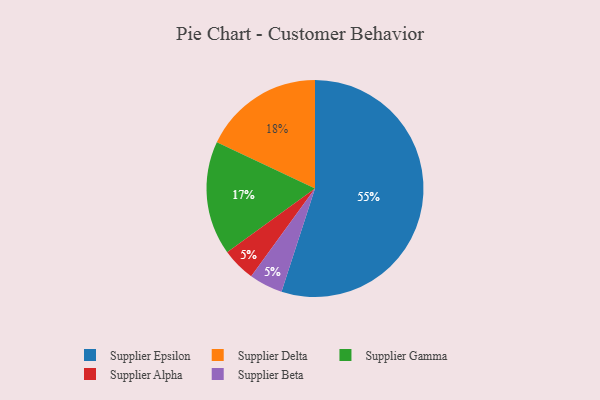
{"axis": {"x": "Category", "y": "Percentage"}, "legend": ["Supplier Alpha", "Supplier Beta", "Supplier Delta", "Supplier Epsilon", "Supplier Gamma"], "data": [{"x": "Supplier Alpha", "y": 5, "type": "Supplier Alpha"}, {"x": "Supplier Delta", "y": 18, "type": "Supplier Delta"}, {"x": "Supplier Gamma", "y": 17, "type": "Supplier Gamma"}, {"x": "Supplier Epsilon", "y": 55, "type": "Supplier Epsilon"}, {"x": "Supplier Beta", "y": 5, "type": "Supplier Beta"}]}